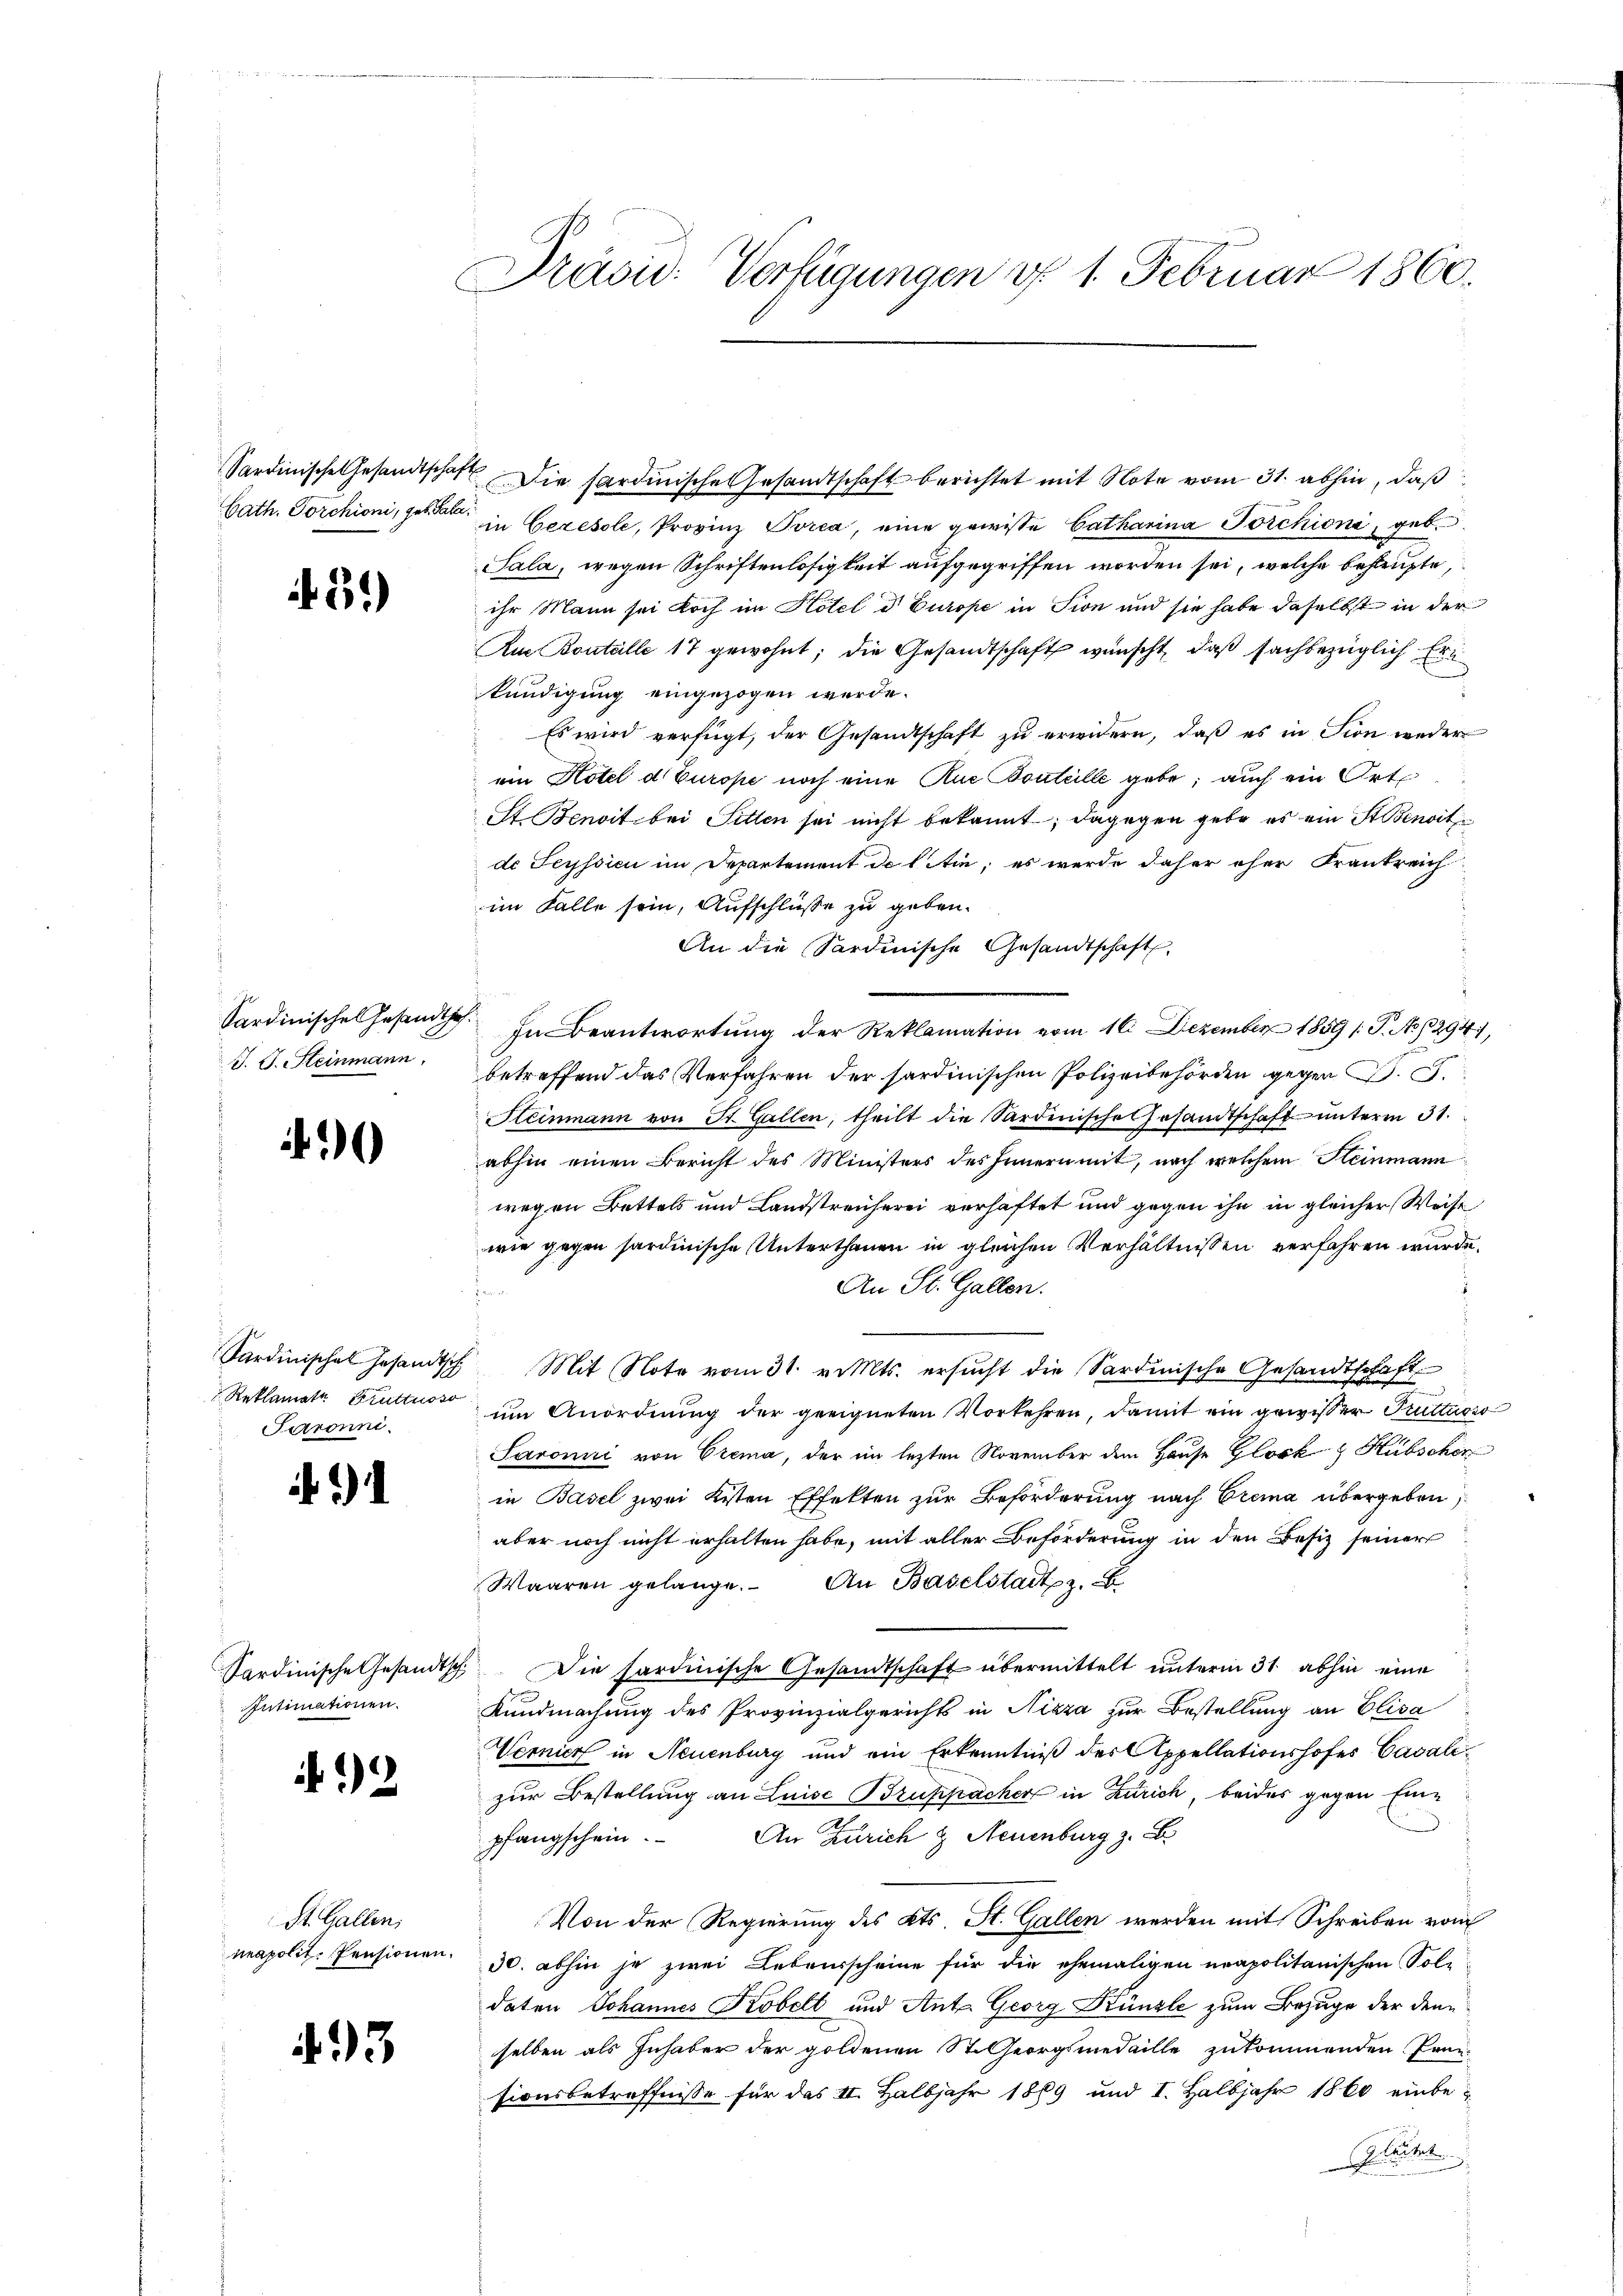
Sardinische Gesandtschaf
Cath. Forchioni, geb. Pala

. 131.)

Sardinisches Gesandts
J. J. Steinmann.

)

Sardinisches Gesandtsch
Saronni.

i

.

Sardinische Gesandtschi
Intimationen.

12

St. Gallen,
neapolit. Pensionen.

93

Präsid. Verfügungen d. 1. Februar 1860.

Die sardinische Gesandtschaft berichtet mit Note vom 31. abhin, daß
 in Ceresole, Provinz Porea, eine gewisse Catharina Porchioni, geb.
Sala, wegen Schriftenlosigkeit aufgegriffen worden sei, welche behaupte,
ihr Mann sei doch im Hotel d Europe in Sion und sie habe daselbst in der
Aus Boutälle 17 gewohnt; die Gesandtschaft wünscht, daß sachbezüglich Erkündigung eingezogen werde.
Es wird verfügt, der Gesandtschaft zu erwidern, daß es in Sion weder
ein Hotel d Europe noch eine Aue Boutelle gebe; auch ein Orte
St. Benoit bei Sitten sei nicht bekannt; dagegen gebe es ein Stenoit
de Seyssici im Departement de liten; es wurde daher eher Frankreich
im Falle sein, Aufschlüße zu geben.
An die Sardinische Gesandtschaft,
7. In Beantwortung der Reklamation vom 16. Dezember 1859 /: P. No. 294,
betreffend das Verfahren der sardinischen Polizeibehörden gegen d. J.
Steinmann von St. Gallen, theilt die Sardinische Gesandtschaft unterm 31.
abhin einen Bericht des Ministers des Innern mit, nach welchem Steinmann
wegen Bettels und Landstreicherei verhaftet und gegen ihn in gleicher Weise
wie gegen sardinische Unterthanen in gleichen Verhältnissen verfahren wurde.
An St. Gallen.
den
Mit Note vom 31. v. Mts. ersucht die Sardinische Gesandtschaft
Reklamata Bruttuos ŭm Anordnŭng der geeigneten Vorkehren, damit ein gewisser Truttuoso
Saronii von Crema, der im lezten November dem Hause Glock Hubschon
in Basel zwei Kisten Effekten zur Beförderung nach Crema übergeben,
aber noch nicht erhalten habe, mit aller Beförderung in den Besiz seiner
Waaren gelange. An Baselstadt z.
Die hardinische Gesandtschaft übermittelt unterm 31. abhin eine
Kundmachung des Provinzialgerichts in Nizza zur Bestellung an Elisa
Vernier in Neuenburg und ein Erkenntniß des Appellationshofes Cavalizur Bestellung an Luise Bruppacher in Zürich, beides gegen Eine
An Zürich & Neuenburg z. B
pfangschein.
Von der Regierung des Kts. St. Gallen werden mit Schreiben vom
30. abhin je zwei Lebensscheine für die ehemaligen neapolitanischen Soldaten Johannes Köbelt und Ant. Georg Künzle zum Bezuge der denselben als Inhaber der goldenen St. Georgsmedaille zukommenden Pran-
sionsbetreffnisse für das II. Halbjahr 1889 und I. Halbjahr 1860 einbe¬
Geleitet.